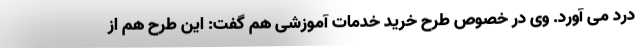
درد می آورد. وی در خصوص طرح خرید خدمات آموزشی هم گفت: این طرح هم از